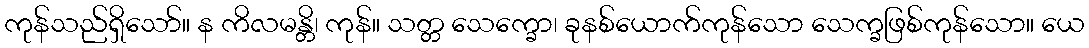
ကုန်သည်ရှိသော်။ န ကိလမန္တိ၊ ကုန်။ သတ္တ သေက္ခော၊ ခုနစ်ယောက်ကုန်သော သေက္ခဖြစ်ကုန်သော။ ယေ